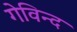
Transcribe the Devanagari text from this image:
गेविन्द